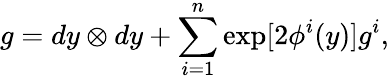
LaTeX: g=dy\otimes dy+\sum_{i=1}^{n}\exp[2{\phi^{i}}(y)]g^{i},